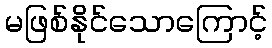
မဖြစ်နိုင်သောကြောင့်